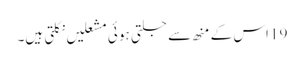
19 اس کے منھ سے جلتی ہو ئی مشعلیں نکلتی ہیں۔